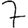
Digit: 7